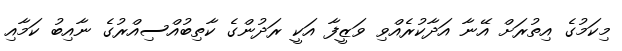
މިކަމުގެ އިތުރަށް އޭނާ އަދާކުރެއްވި ވަޒީފާ އަކީ ރަދުންގެ ކާތިބުއްސިއްރުގެ ނާއިބު ކަމާއި